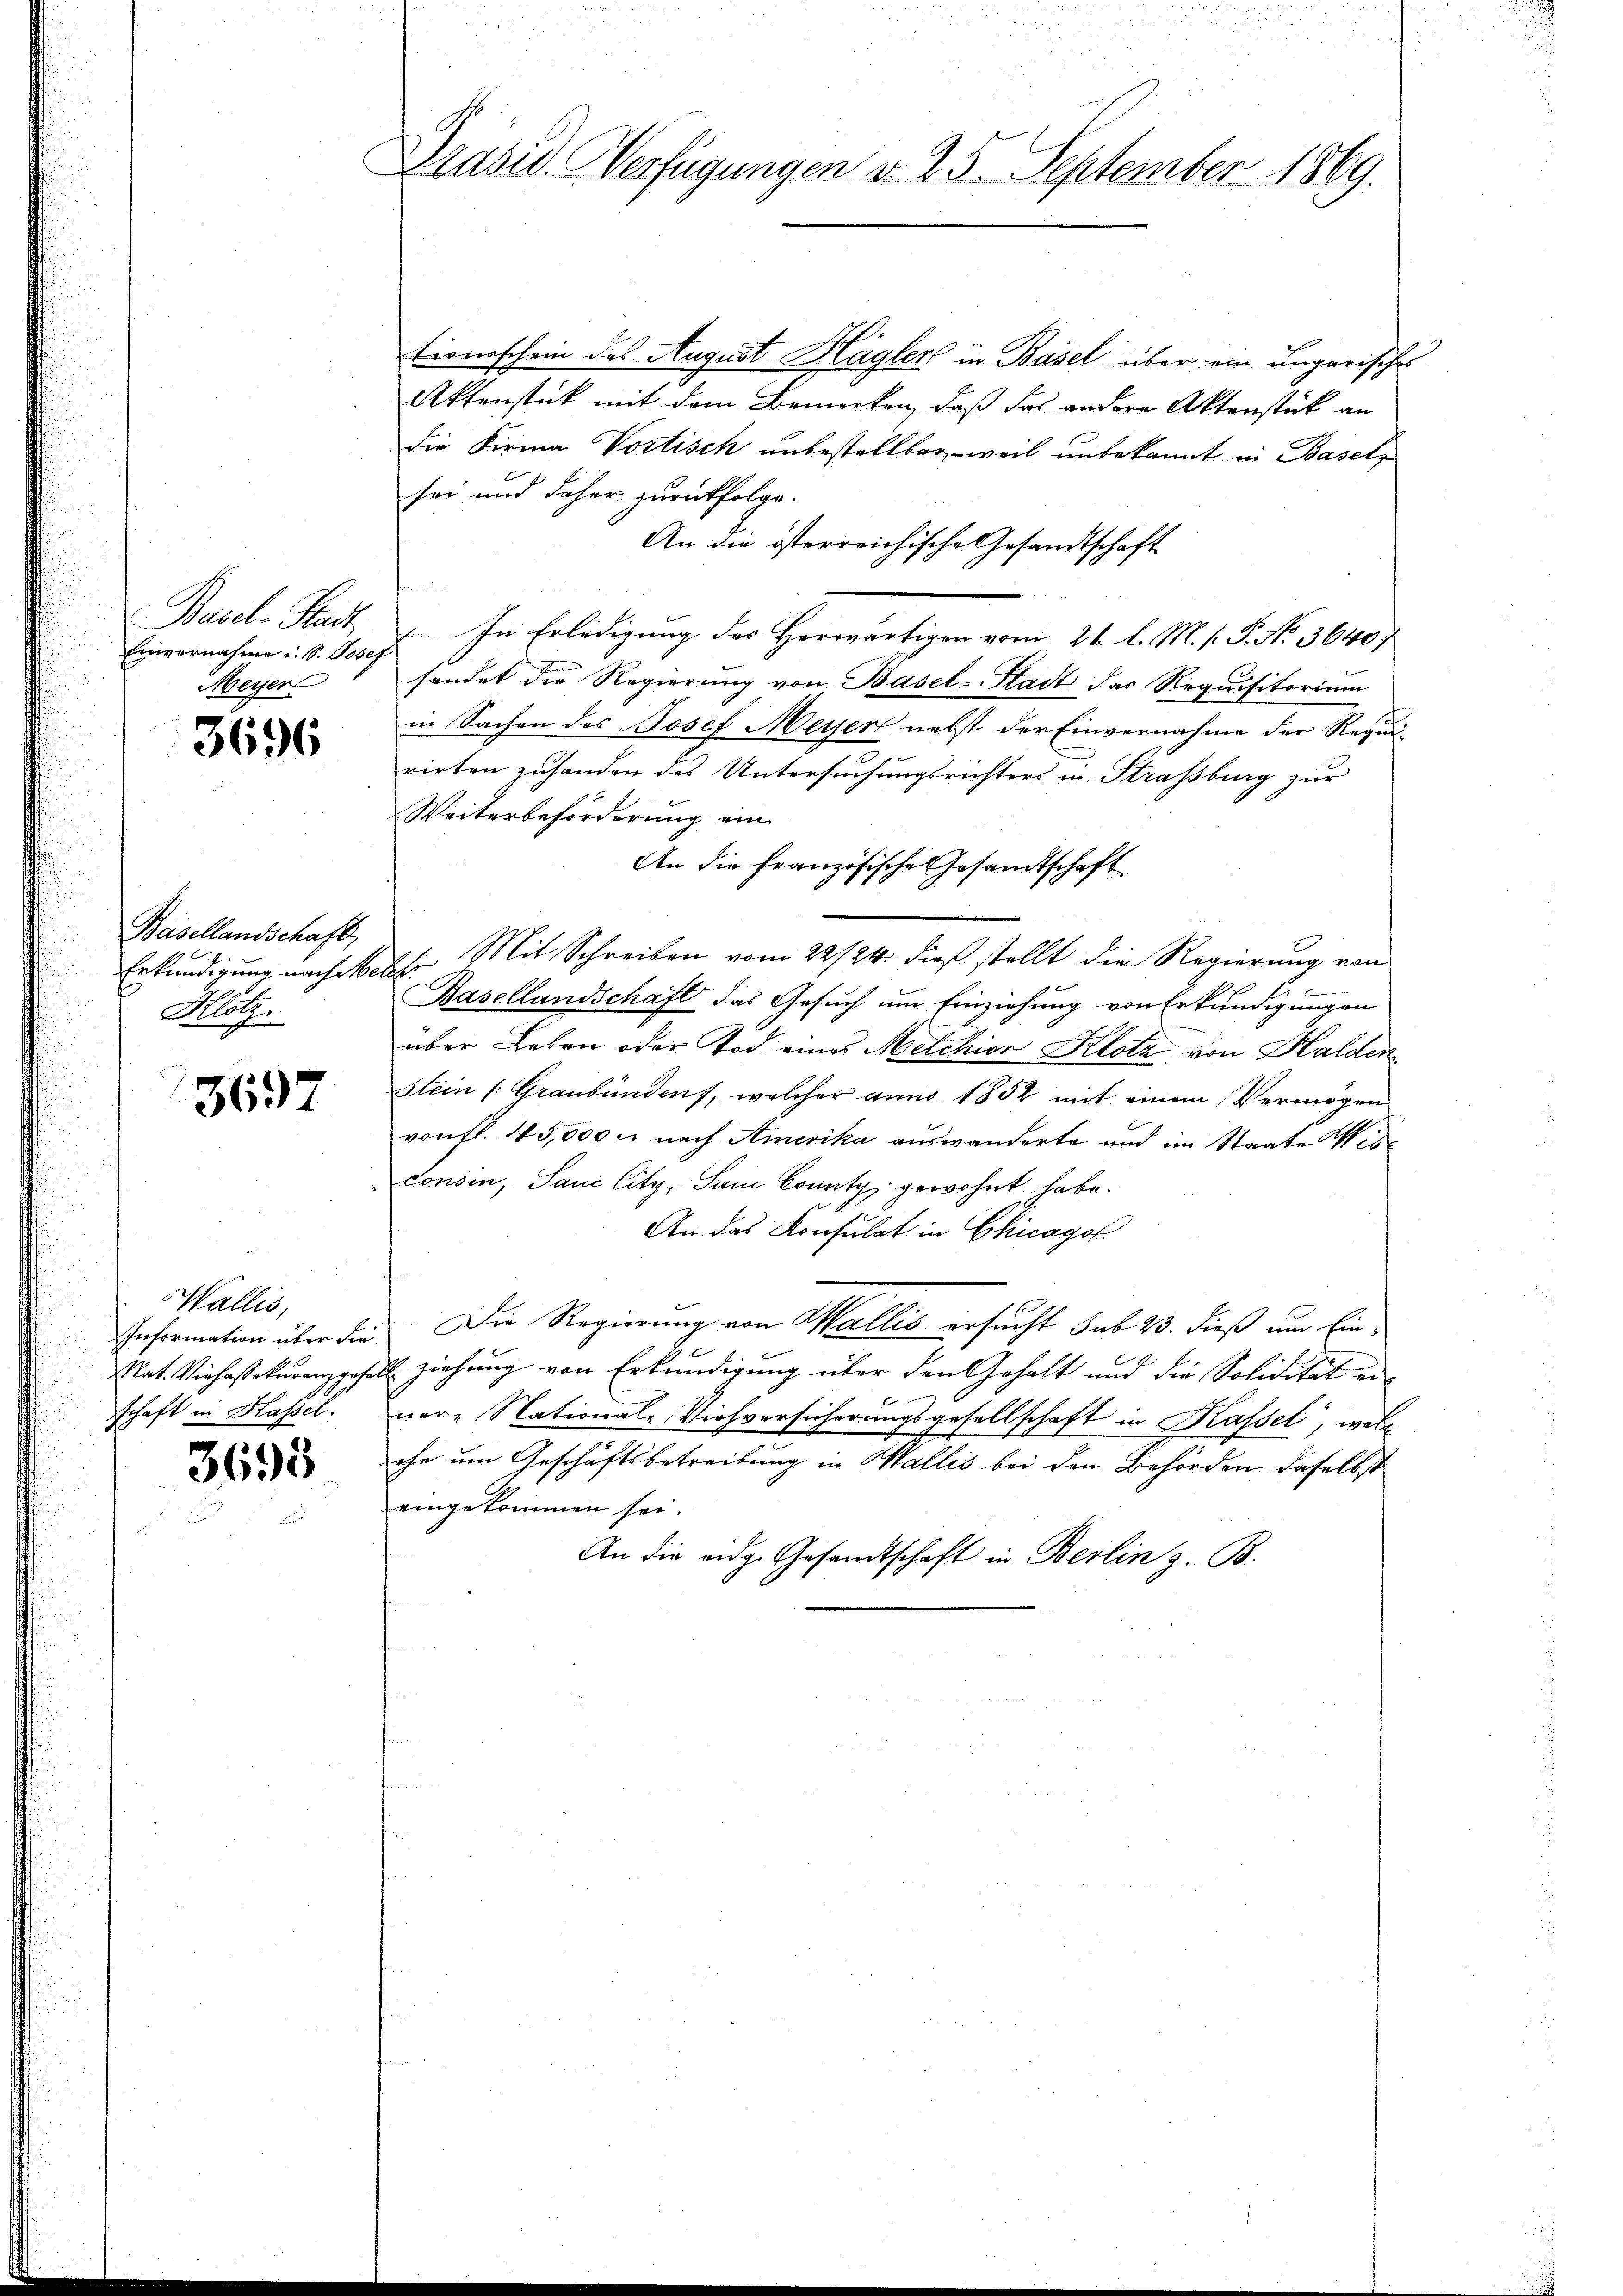
Basel-Stadt
Einvernahme u. S. Josef
Meyer

3696

Basellandschaft,
Klotz.

3697

Wallis,
Information über die
Mat. Viehassekuranzgese
schaft in Hassel

3695

Präsel Verfügungen v. 25. September 1869.

tionsschein des August Hagler in Basel über ein ungarisches
Aktenstück mit dem Bemerken, daß das andere Aktenstück an
die Firma Vortisch unbestellbar, weil unbekannt in Basel
sei und daher zurückfolge.
An die österreichische Gesandtschaft
In Erledigung des Herwärtigen vom 21. l. M. P. P. N. 36407
sendet die Regierung von Basel-Stadt das Requisitorium
in Sachen des Josef Meyer nebst der Einvernahme der Requi¬
.
rirten zuhanden des Untersuchungsrichters in Straßburg zur
Weiterbeförderung ein
An die französische Gesandtschaft
Erkundigung nach welche Mit Schreiben vom 22/24. dieß stellt die Regierung von
Basellandschaft das Gesuch um Einziehung von Erkundigungen
über Leben oder Tod. eines Melchior Klotz von Halden
Stein /: Graubünden, welcher anno 1852 mit einem Vermögen
von fl. 45,000 u. nach Amerika auswanderte und im Staate Wisconsin, San City, Sanc County gewohnt habe.
An das Konsulat in Chicagof.
Die Regierung von Wallis ersucht sub 23. dieß um Ein¬
Es ziehung von Erkundigung über den Gehalt und die Solidität ei-
ner" National-Viehversicherungsgesellschaft in Kassel, welc
che um Geschäftsbetreibung in Wallis bei den Behörden daselbst
eingekommen sei.
An die eidg. Gesandtschaft in Berlin z. B.